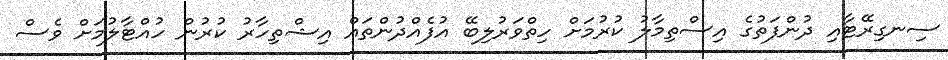
ސިނގިރޭޓާއި ދުންފަތުގެ އިސްތިމާލު ކުރުމަށް ހިތްވަރުލިބޭ އުފެއްދުންތައް އިޝްތިހާރު ކުރުން ހުއްޓާލުމަށް ވެސް